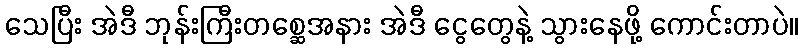
သေပြီး အဲဒီ ဘုန်းကြီးတစ္ဆေအနား အဲဒီ ငွေတွေနဲ့ သွားနေဖို့ ကောင်းတာပဲ။